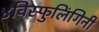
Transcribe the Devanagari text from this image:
४विस्फुलिंगिनी